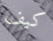
كيف